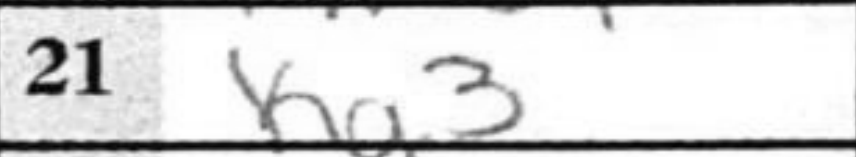
Transcription: Kg3